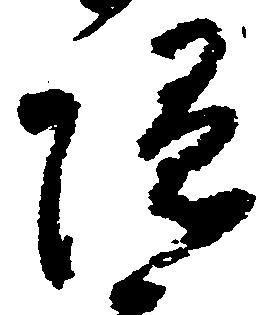
隠